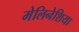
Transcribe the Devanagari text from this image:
मेलिनेशिया